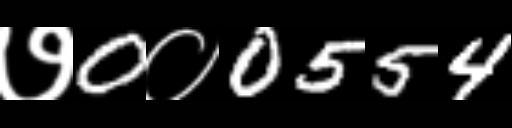
Text: ७0०0554